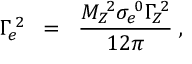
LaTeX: \Gamma _ { e } \! ^ { 2 } \; \; = \; \; \frac { M _ { Z } \! ^ { 2 } \sigma _ { e } \! ^ { 0 } { \Gamma \! _ { Z } } \! ^ { 2 } } { 1 2 \pi } \; ,